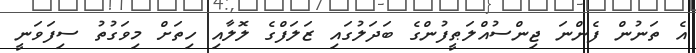
އެ ތަނުން ފެންނަ ޖިންސުއްލަޠީފުންގެ ބަދަލުގައި ޒަލަފްގެ ލޮލާއި ހިތަށް މިވަގުތު ސިފަވަނީ